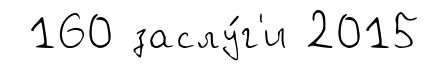
160 заслу́г'и 2015